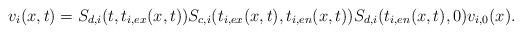
LaTeX: \begin{align*} v_i(x,t)=S_{d,i}(t,t_{i,ex}(x,t))S_{c,i}(t_{i,ex}(x,t),t_{i,en}(x,t))S_{d,i}(t_{i,en}(x,t),0)v_{i,0}(x).\end{align*}